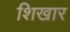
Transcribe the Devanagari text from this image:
शिखार